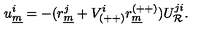
u _ { \underline { { m } } } ^ { i } = - ( r _ { \underline { { m } } } ^ { j } + V _ { ( + + ) } ^ { i } r _ { \underline { { m } } } ^ { ( + + ) } ) U _ { { \cal R } } ^ { j i } .